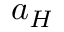
a _ { H }